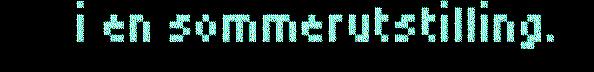
i en sommerutstilling.